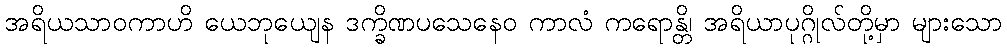
အရိယသာဝကာဟိ ယေဘုယျေန ဒက္ခိဏပသေနေဝ ကာလံ ကရောန္တိ၊ အရိယာပုဂ္ဂိုလ်တို့မှာ များသော